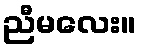
ညီမလေး။